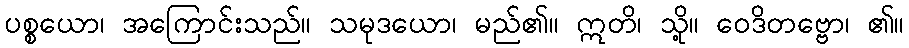
ပစ္စယော၊ အကြောင်းသည်။ သမုဒယော၊ မည်၏။ ဣတိ၊ သို့။ ဝေဒိတဗ္ဗော၊ ၏။